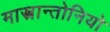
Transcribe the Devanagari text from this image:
मास्त्रान्तोनियो